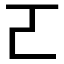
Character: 𠀀